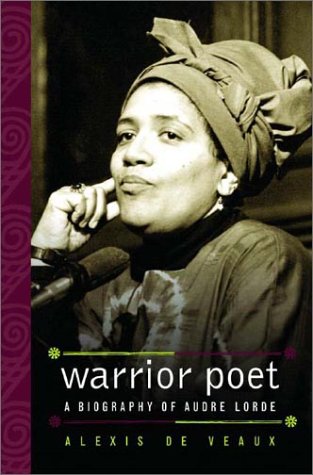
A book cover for Warrior Poet: A Biography of Audre Lorde; Alexis De Veaux; Gay & Lesbian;